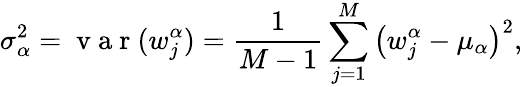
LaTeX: \sigma_{\alpha}^{2}=\mathrm{~v~a~r~}(w_{j}^{\alpha})=\frac{1}{M-1}\sum_{j=1}^{M}\left(w_{j}^{\alpha}-\mu_{\alpha}\right)^{2},